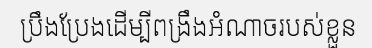
ប្រឹងប្រែងដើម្បីពង្រឹងអំណាចរបស់ខ្លួន